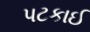
પટકાઈ